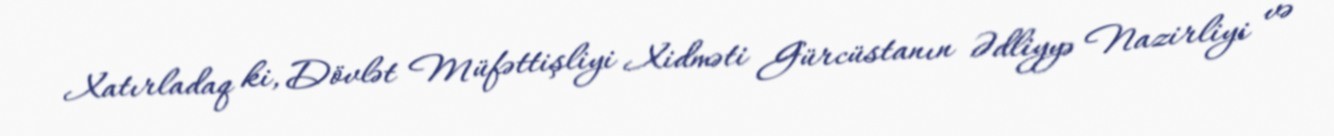
Xatırladaq ki, Dövlət Müfəttişliyi Xidməti Gürcüstanın Ədliyyə Nazirliyi və